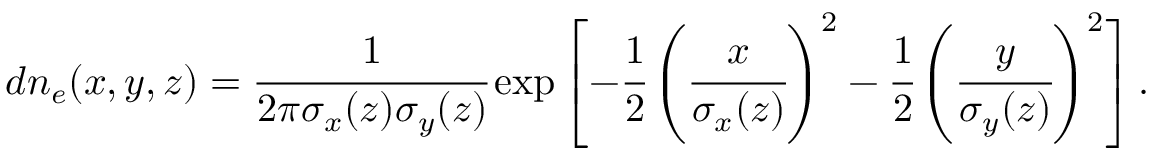
d n _ { e } ( x , y , z ) = \cfrac { 1 } { 2 \pi \sigma _ { x } ( z ) \sigma _ { y } ( z ) } \exp \left[ - \cfrac { 1 } { 2 } \left( \cfrac { x } { \sigma _ { x } ( z ) } \right) ^ { 2 } - \cfrac { 1 } { 2 } \left( \cfrac { y } { \sigma _ { y } ( z ) } \right) ^ { 2 } \right] .